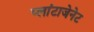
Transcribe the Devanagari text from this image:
प्लांटाजेनेट